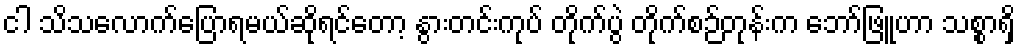
ငါ သိသလောက်ပြောရမယ်ဆိုရင်တော့ နွားတင်းကုပ် တိုက်ပွဲ တိုက်စဉ်တုန်းက ဘော်ဖြူဟာ သစ္စာရှိ